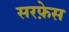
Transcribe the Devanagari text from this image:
सरफ़ेस